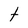
Character: t